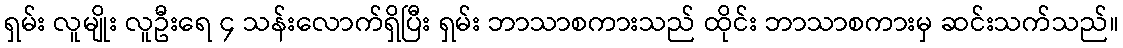
ရှမ်း လူမျိုး လူဦးရေ ၄ သန်းလောက်ရှိပြီး ရှမ်း ဘာသာစကားသည် ထိုင်း ဘာသာစကားမှ ဆင်းသက်သည်။